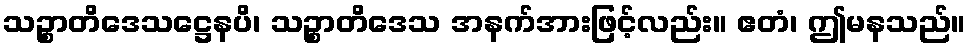
သဉ္စာတိဒေသဋ္ဌေနပိ၊ သဉ္စာတိဒေသ အနက်အားဖြင့်လည်း။ ဧတံ၊ ဤမနသည်။